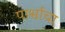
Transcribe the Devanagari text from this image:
पार्श्वाचा